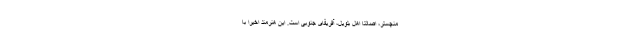
منچستر، اصالتاً اهل بلویل، آفریقای جنوبی است. این هنرمند اخیراً با